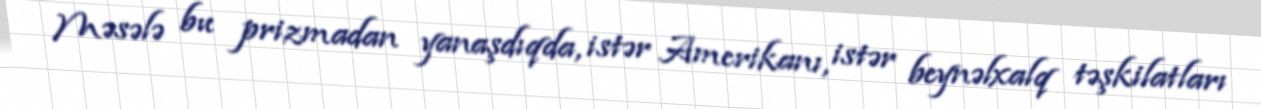
Məsələ bu prizmadan yanaşdıqda, istər Amerikanı, istər beynəlxalq təşkilatları